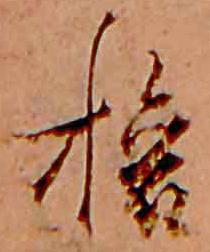
旅